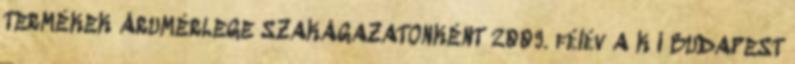
TERMÉKEK ÁRUMÉRLEGE SZAKÁGAZATONKÉNT 2009. félév A K I BUDAPEST